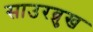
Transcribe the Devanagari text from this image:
साउरब्रुख